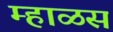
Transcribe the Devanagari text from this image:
म्हाळस